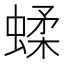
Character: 蝚